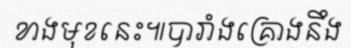
ខាងមុខនេះ៕បារាំងគ្រោងនឹង